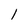
Character: 1